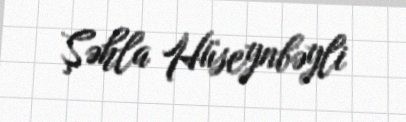
Şəhla Hüseynbəyli